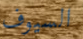
السيوف